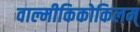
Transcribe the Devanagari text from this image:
वाल्मीकिकोकिलम्‌